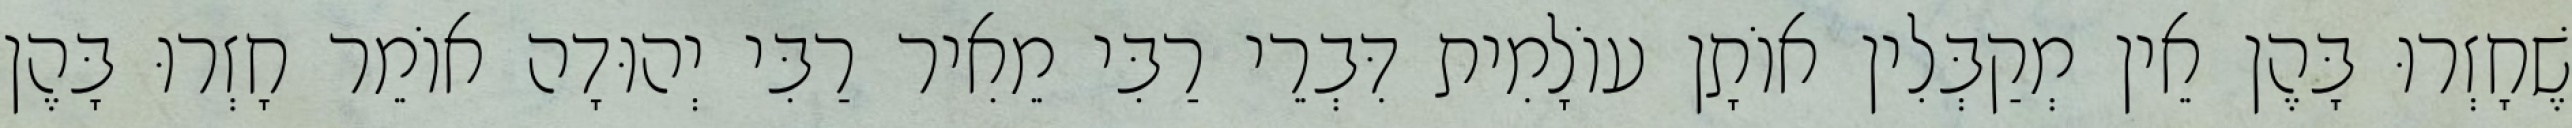
שֶׁחָזְרוּ בָּהֶן אֵין מְקַבְּלִין אוֹתָן עוֹלָמִית דִּבְרֵי רַבִּי מֵאִיר רַבִּי יְהוּדָה אוֹמֵר חָזְרוּ בָּהֶן